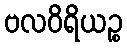
ဗလဝိရိယဉ္စ